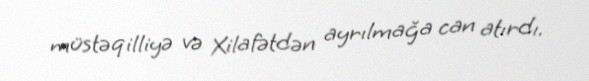
müstəqilliyə və Xilafətdən ayrılmağa can atırdı.